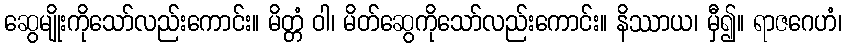
ဆွေမျိုးကိုသော်လည်းကောင်း။ မိတ္တံ ဝါ၊ မိတ်ဆွေကိုသော်လည်းကောင်း။ နိဿာယ၊ မှီ၍။ ရာဇဂေဟံ၊